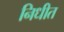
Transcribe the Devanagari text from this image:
निधीत